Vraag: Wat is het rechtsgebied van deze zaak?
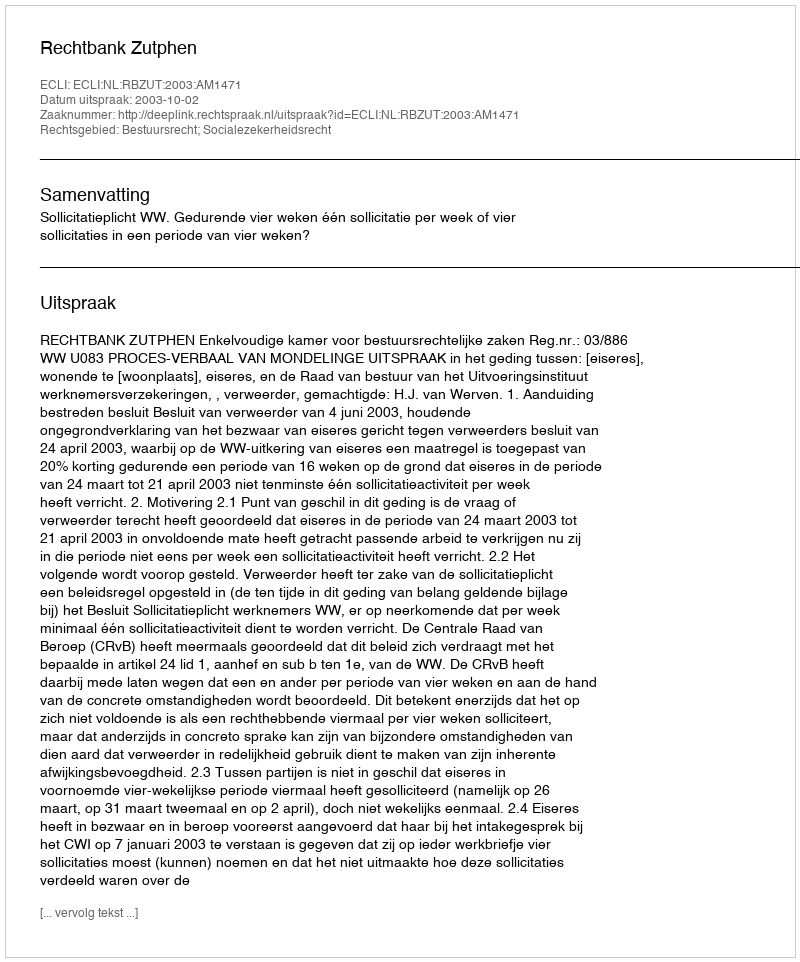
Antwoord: Bestuursrecht; Socialezekerheidsrecht